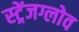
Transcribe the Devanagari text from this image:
स्ट्रेंजग्लोव